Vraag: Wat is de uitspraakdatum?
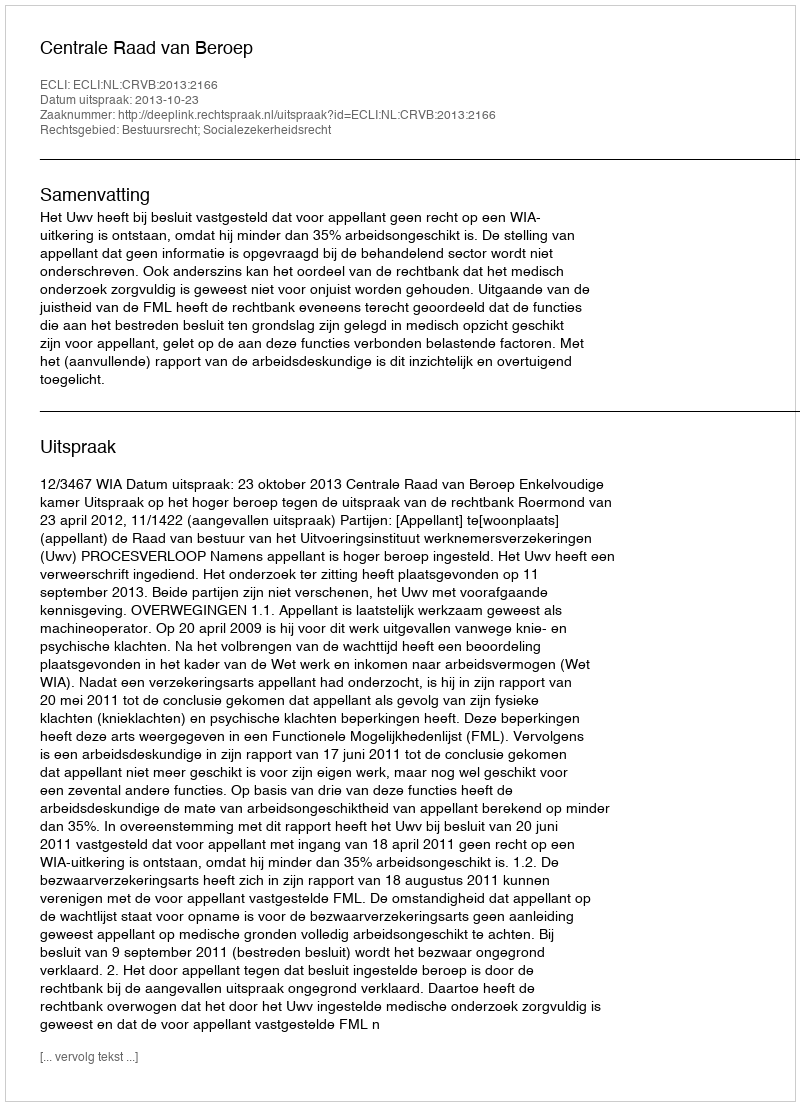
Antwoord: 2013-10-23